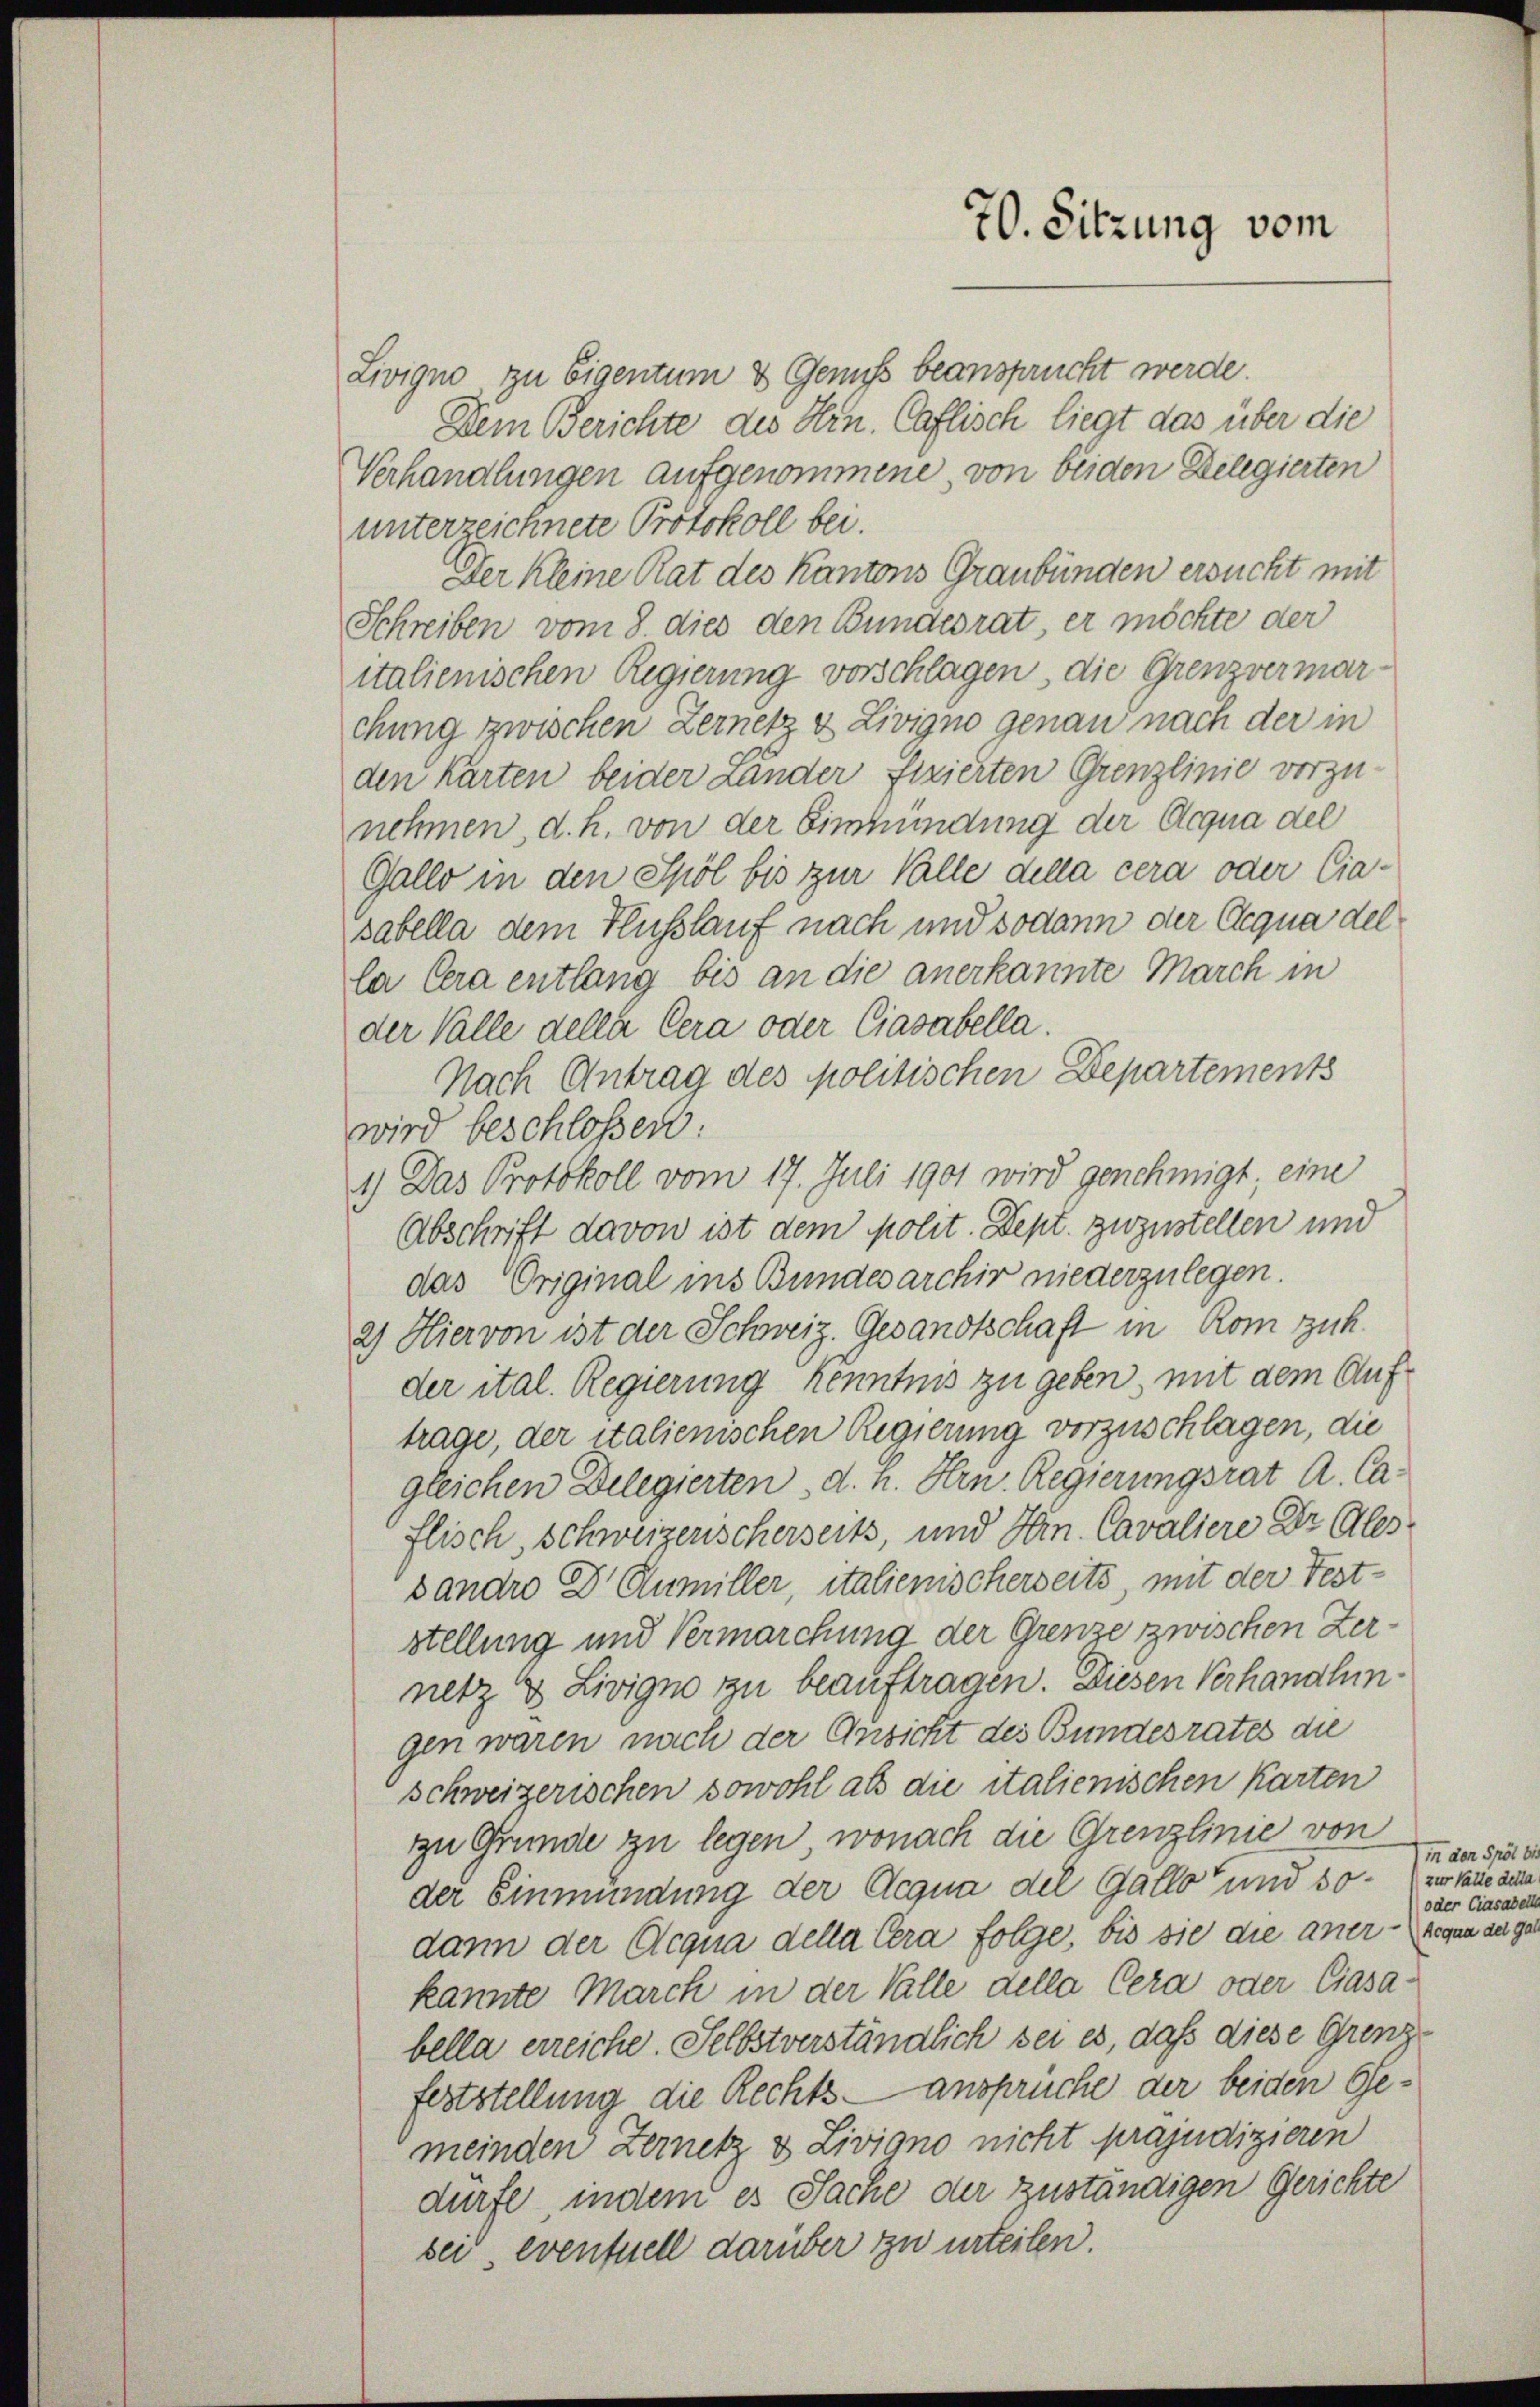
70. Sitzung vom

Livigno, zu Eigentum & Genuss beansprucht werde.
Dem Berichte des Hrn. Caflisch liegt das über die
Verhandlungen aufgenommene, von beiden Delegierten
unterzeichnete Protokoll bei.
Der kleine Rat des Kantons Graubünden ersucht mit
Schreiben vom 8. dies den Bundesrat, er möchte der
italienischen Regierung vorschlagen, die Grenzvermar-
chung zwischen Zernetz & Livigno genau nach der in
den Karten beider Länder fixierten Grenzlinie vorzunehmen, d. h. von der Einmündung der Acqua del
Gallo in den Spöl bis zur Volle della cera oder Ciasabella dem Husslauf nach und sodann der Aequadel
la Cera entlang bis an die anerkannte March in
der Valle deller Cera oder Ciasabella.
Nach Antrag des Molitischen Departements
wird beschlossen:
4.) Das Protokoll vom 17. Juli 1901 wird genehmigt; eine
Abschrift davon ist dem polit. Dept. zuzustellen und
das Original ins Bundesarchiv niederzulegen.
2) Hiervon ist der Schweiz. Gesandtschaft in Rom zuk.
der ital. Regierung kenntnis zu geben, mit dem Auftrage, der italienischen Regierung vorzuschlagen, die
gleichen Delegierten d. h. Hrn. Regierungsrat A. Caflisch, schweizerischerseits, und Hrn. Cavaliere Dr. Alessandro Dr. Aumiller, italienischerseits, mit der Fest-
stellung und Vermarchung der Grenze zwischen Zernetz & Livigno zu beauftragen. Diesen Verhandlungen waren nach der Ausicht des Bundesrates die
schweizerischen sowohl als die italienischen Karten
zu Grunde zu legen, wonach die Grenzlinie von
der Einmündung der Acqua del Gallot und sodann der Acqua della Cera folge, bis sie die aner - gegen sei ges
kannte March in der Valle della Cera oder Ciasabella erreiche. Selbstverständlich sei es, daß diese Grenz
feststellung die Rechts-Anspruche der beiden Gemeinden Zernetz & Livigno nicht prajudizieren
dürfe, indem es Sache der zuständigen Gerichte
sei, eventuell darüber zu urteilen.

in den Gröll
zur Valle detta
oder Ciasabeth